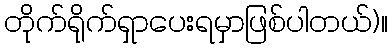
တိုက်ရိုက်ရှာပေးရမှာဖြစ်ပါတယ်)။